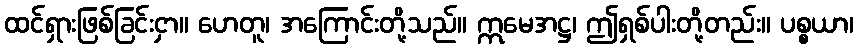
ထင်ရှားဖြစ်ခြင်းငှာ။ ဟေတူ၊ အကြောင်းတို့သည်။ ဣမေအဋ္ဌ၊ ဤရှစ်ပါးတို့တည်း။ ပစ္စယာ၊